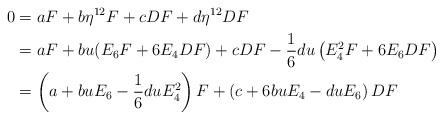
LaTeX: \begin{align*} 0 &= aF+b\eta^{12}F +cDF + d\eta^{12}DF\\&= aF+bu(E_6F+6E_4DF)+cDF-\frac{1}{6}du\left(E_4^2F+6E_6DF\right)\\&= \left(a+buE_6-\frac{1}{6}duE_4^2\right)F+\left(c+6buE_4-duE_6\right)DF \end{align*}